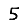
Digit: 5